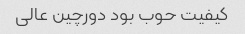
کیفیت حوب بود دورچین عالی